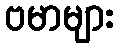
ဗမာများ